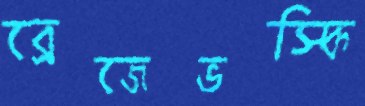
ব্রেজেভস্কি